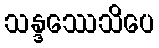
သန္ဒဿေသိပေ